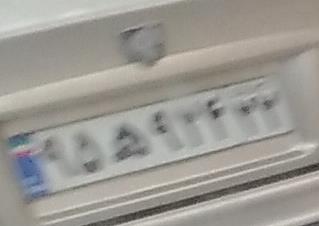
۹۵ه۹۲۶۲۲